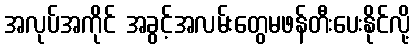
အလုပ်အကိုင် အခွင့်အလမ်းတွေမဖန်တီးပေးနိုင်လို့